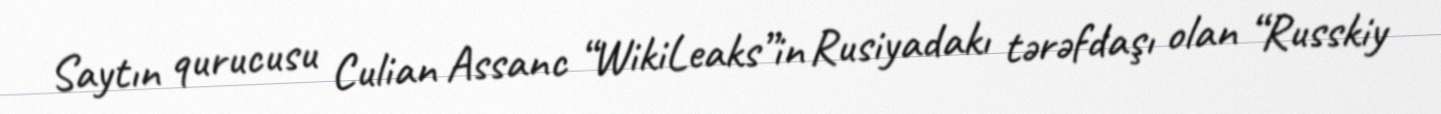
Saytın qurucusu Culian Assanc “WikiLeaks”in Rusiyadakı tərəfdaşı olan “Russkiy